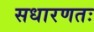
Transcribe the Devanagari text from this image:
सधारणतः